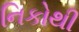
નિકોથી